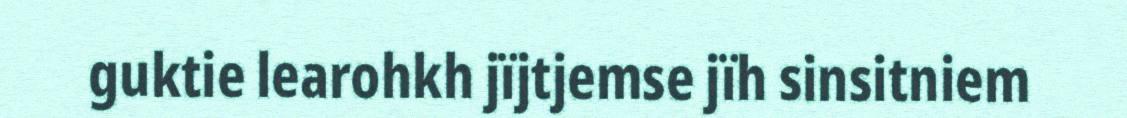
guktie learohkh jïjtjemse jïh sinsitniem